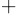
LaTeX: \mathrm{^+}